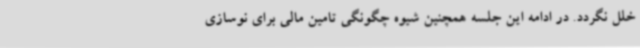
خلل نگردد. در ادامه این جلسه همچنین شیوه چگونگی تامین مالی برای نوسازی